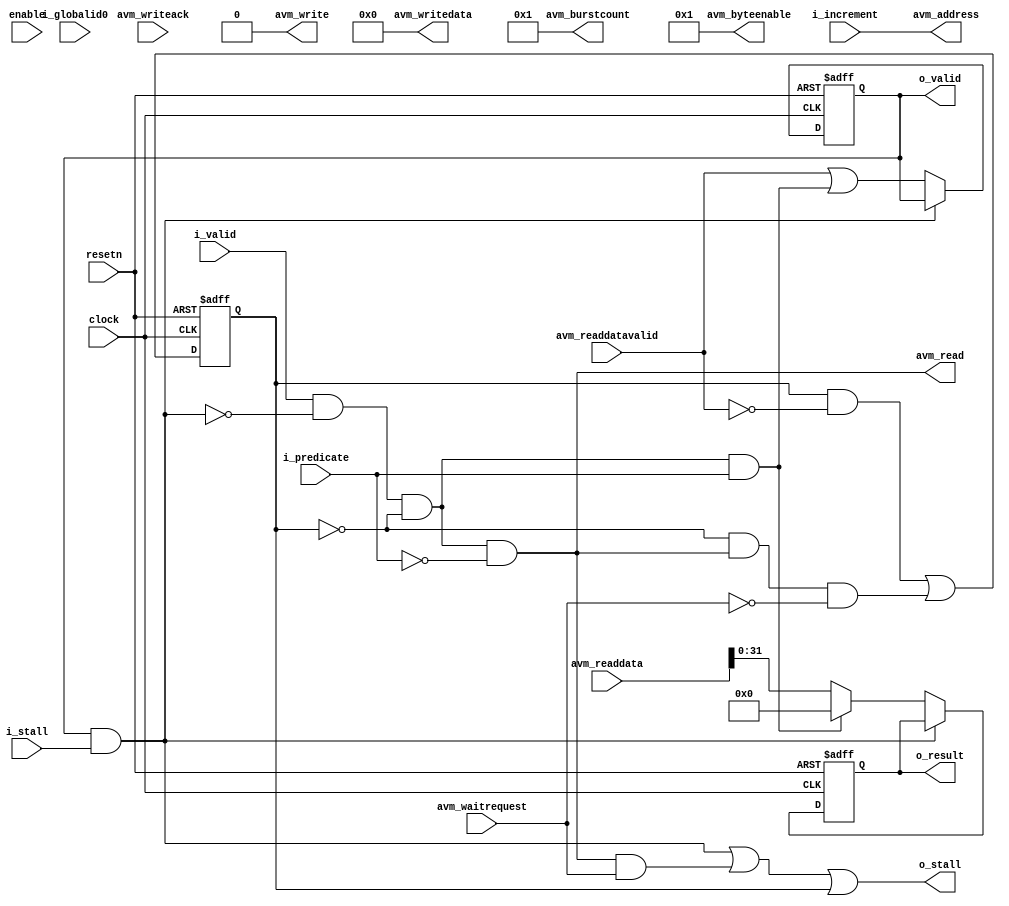
module acl_printf_buffer_address_generator
(
input clock,
input resetn,
input enable,
output o_stall,
input i_valid,
input i_predicate,
input [31:0] i_globalid0,
input [31:0] i_increment,
input i_stall,
output reg o_valid,
output reg [31:0] o_result,
output avm_read,
output avm_write,
output [5:0] avm_burstcount,
output [31:0] avm_address,
output [255:0] avm_writedata,
output [31:0] avm_byteenable,
input avm_waitrequest,
input [255:0] avm_readdata,
input avm_readdatavalid,
input avm_writeack
);
reg busy; 
wire predicated_read;
wire down_stall;
assign down_stall = ( o_valid & i_stall ); 
assign avm_read = ( i_valid & ~down_stall & ~busy & ~i_predicate); 
assign avm_address = i_increment;
assign avm_write = 1'b0;
assign avm_writedata = 256'b0;
assign avm_byteenable = 32'b1;
assign avm_burstcount = 1;
assign predicated_read = ( i_valid & ~down_stall & ~busy & i_predicate ); 
 always @( posedge clock or negedge resetn ) begin
   if( ~resetn ) begin
     o_valid <= 1'b0;
     busy <= 1'b0;
     o_result <= 32'dx;
   end
   else begin
     busy <= (busy & ~avm_readdatavalid) | (~busy & avm_read & ~avm_waitrequest);
     if( ~down_stall )
     begin     
       o_valid <= avm_readdatavalid | predicated_read;
       if( predicated_read ) begin
         o_result <= 32'b0; 
       end
       else begin
         o_result <= avm_readdata[31:0];
       end
     end
   end
end
assign o_stall = ( down_stall | ( avm_read & avm_waitrequest ) | busy );
endmodule